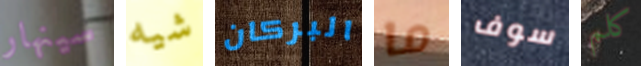
سينهار شيه البركان ما سوف كلم